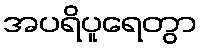
အပရိပူရေတွာ